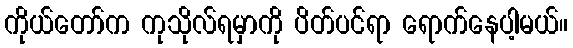
ကိုယ်တော်က ကုသိုလ်ရမှာကို ပိတ်ပင်ရာ ရောက်နေပါ့မယ်။